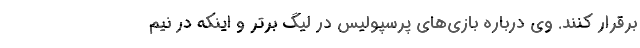
برقرار کنند. وی درباره بازی‌های پرسپولیس در لیگ برتر و اینکه در نیم